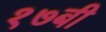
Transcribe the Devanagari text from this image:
१७बी